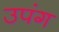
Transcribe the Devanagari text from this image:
उपंग